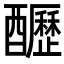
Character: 𨣷